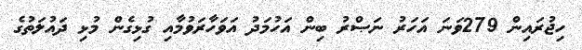
ހިޖުރައިން 279ވަނަ އަހަރު ނަޞްރު ބިން އަހުމަދު އަވަހާރަވުމާއި ގުޅިގެން މުޅި ދައުލަތުގެ